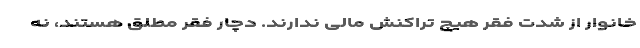
خانوار از شدت فقر هیچ تراکنش مالی ندارند. دچار فقر مطلق هستند، نه